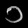
Digit: ၁